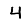
Digit: 4